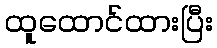
ထူထောင်ထားပြီး